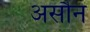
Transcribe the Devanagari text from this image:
असौन